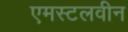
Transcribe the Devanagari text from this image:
एमस्टलवीन